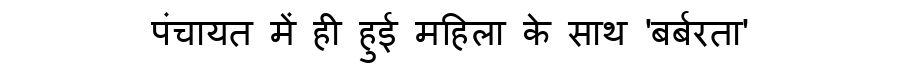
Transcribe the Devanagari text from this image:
पंचायत में ही हुई महिला के साथ 'बर्बरता'